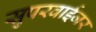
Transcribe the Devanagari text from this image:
सुपरवाईजर